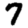
Digit: 7